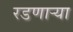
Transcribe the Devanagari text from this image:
रडणार्‍या